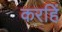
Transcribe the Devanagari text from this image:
करहिं